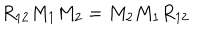
R _ { 1 2 } M _ { 1 } M _ { 2 } = M _ { 2 } M _ { 1 } R _ { 1 2 }